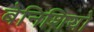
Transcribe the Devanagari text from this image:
बेनिशियो